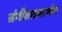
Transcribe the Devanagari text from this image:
संगीताप्रमाणेच